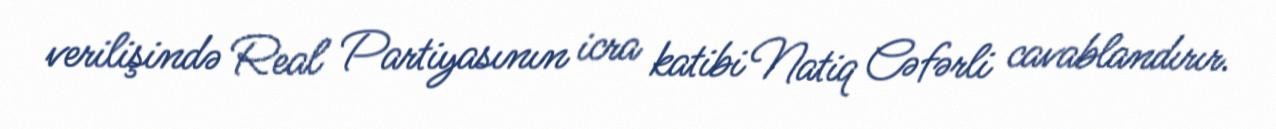
verilişində Real Partiyasının icra katibi Natiq Cəfərli cavablandırır.